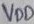
Text: VDD